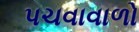
પચવાવાળો